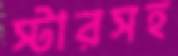
স্টারসহ